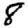
Digit: 8